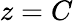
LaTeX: z=C